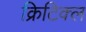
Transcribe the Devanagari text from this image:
क्रिटिक्ल